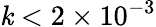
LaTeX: \mathit{k}<2\times10^{-3}